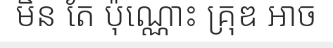
មិន តែ ប៉ុណ្ណោះ គ្រុឌ អាច